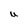
Character: U